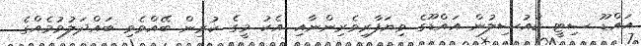
އައްޑޫ ސިޓީ ކައުސިލުން އައްޑޫގެ ވިޔަފާރިވެރިންނާއި އެކު މީގެ ކުރިން ބޭއްވެވި ބައްދަލުވުމެއްގެ